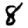
Digit: 8